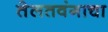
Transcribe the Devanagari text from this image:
तेलतवंगाचा